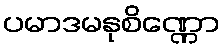
ပမာဒမနုစိဏ္ဏော